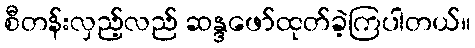
စီတန်းလှည့်လည် ဆန္ဒဖော်ထုတ်ခဲ့ကြပါတယ်။